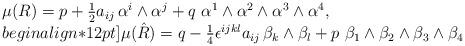
LaTeX: \begin{align*}\begin{array}{l}\mu(R)=p+\frac{1}{2}a_{ij}\, \alpha^{i}\wedge\alpha^{j}+q\,\,\alpha^1\wedge\alpha^2\wedge\alpha^3\wedge\alpha^4,\\begin{align*}12pt]\mu(\hat{R})=q-\frac{1}{4}\epsilon^{ijkl}a_{ij}\, \beta_k\wedge\beta_l+p\,\, \beta_1\wedge\beta_2\wedge\beta_3\wedge\beta_4\end{array}\end{align*}